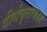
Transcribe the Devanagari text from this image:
दीर्धवृताकार